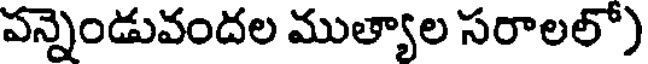
పన్నెండువందల ముత్యాల సరాలలో)